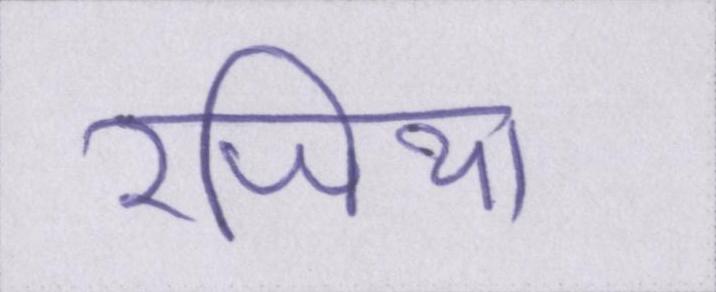
रजिया